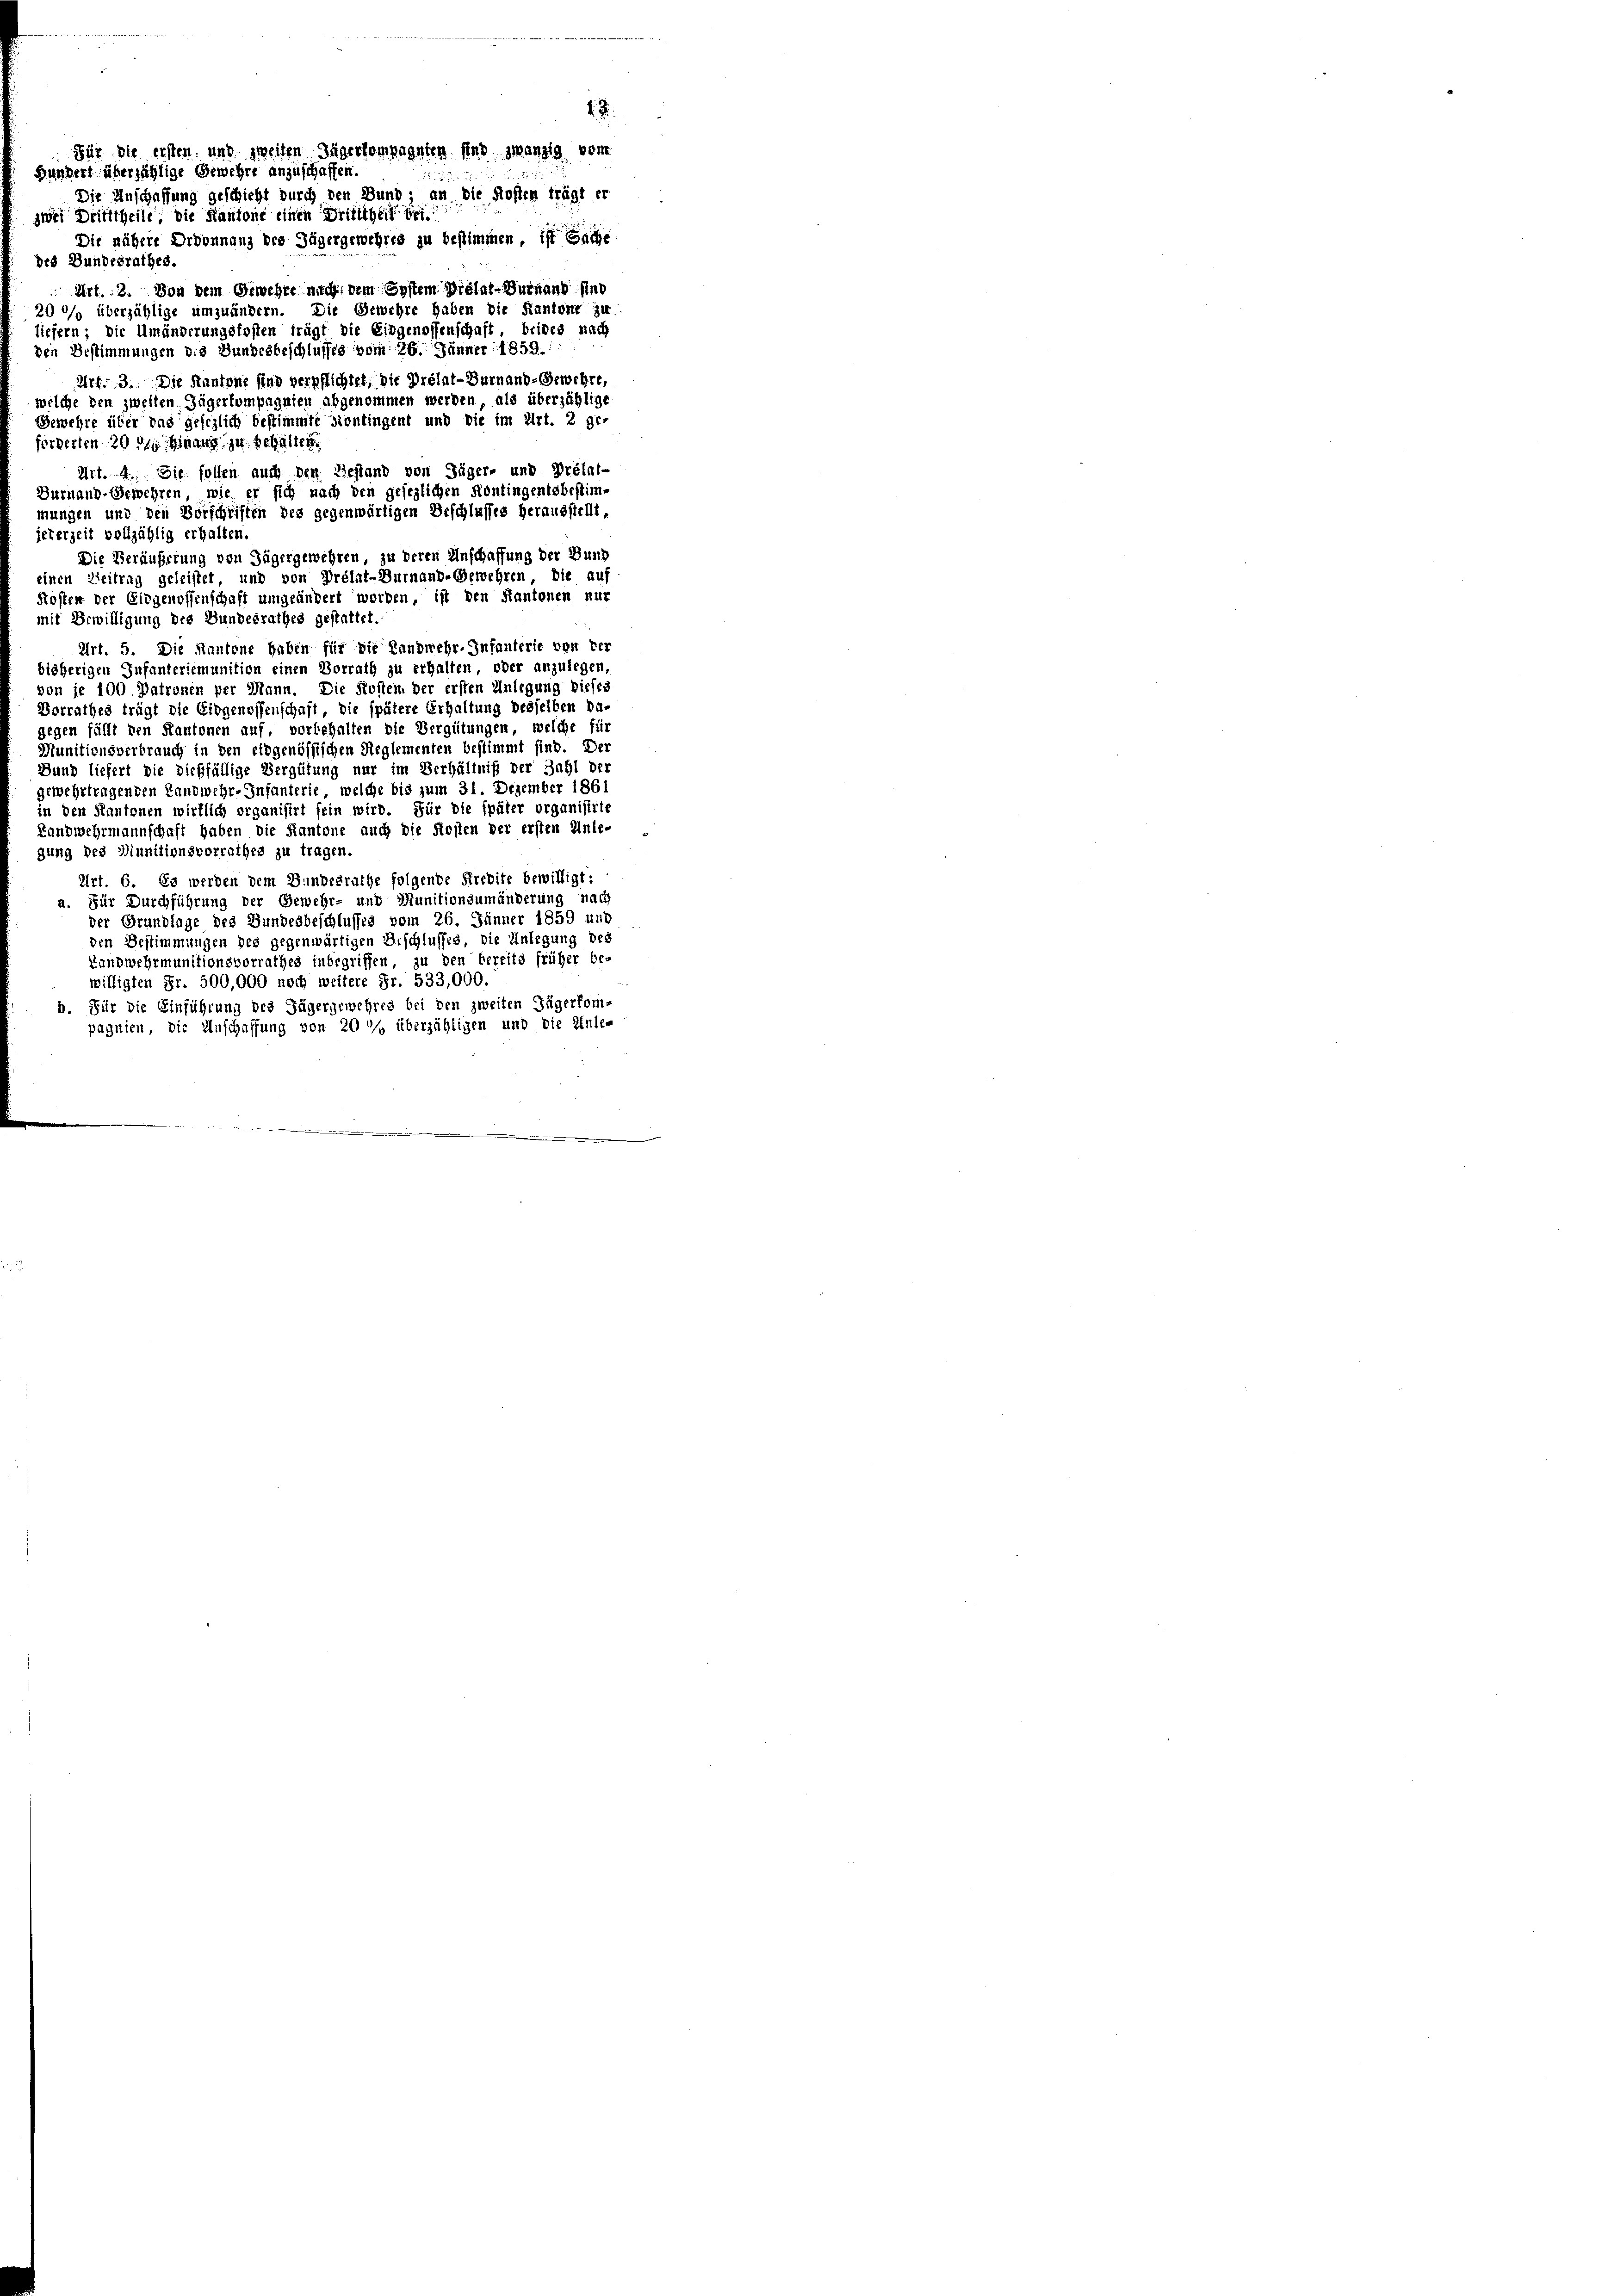
Die nähere Ordonnanz des Jägergewehres zu bestimmen, ist Sache
des Bundesrathes.
Art. 3. Von dem Gewehre nicht dem System Prélat-Verhand und
290/0 überzählige umzuändern. Die Gewehre haben die Kantone zu
liefern; die Umänderungsfosten trägt die Eidgenossenschaft, beides nach
den Bestimmungen des Bundesbeschlusses vom 26. Jänner 1859.
Art. 3. Die Kantone sind verpflichtet, die Prélat-Durnand-Gewehre,
welche den zweiten Jägerkompagnien abgenommen werden, als überzählige
Gewehre über das gesezlich bestimmte siontingent und die im Art. 2 ge-
förderten 20 zu hinaus zu behalten.
Art. 4. Sie sollen auch den Gestand von Jäger- und Prélat-
Surnaud-Gewehren, wie er sich nach den gesezlichen Kontingentsbestim-
mungen und den Vorschriften des gegenwärtigen Beschlusses herausstellt
jeterzeit vollzählig erhalten.
Die Veräußerung von Jägergewehren, zu deren Anschaffung der Bund
einen Zeitrag geleistet, und von Prélat-Burnanb-Gewehren Die auf
Kosten der Eidgenossenschaft umgeändert worden, ist den Kantonen nur
mit Erwilligung des Bundesrathes gestattet.
Art. 5. Die Kantone haben für die Landwehr-Infanterie von ver
bisherigen Infanteriemunition einen Vorrath zu erhalten, oder anzulegen
von je 100 Patronen per Mann. Die Kosten. Der ersten Anlegung dieses
Dorrathes trägt die Eidgenossenschaft, die spätere Erhaltung desselben be-
gegen fällt den Kantonen auf, vorbehalten die Vergütungen, welche für
Munitionsverbrauch in den eidgenössischen Reglementen bestimmt sind. Der
Bund liefert die dießfällige Vergütung nur im Verhältniß der Zahl der
gewehrtragenden Landwehr-Infanterie, welche bis zum 31. Dezember 1861
in den Kantonen wirtlich organisirt sein wird. Für die später organisirte
Landwehrmannschaft haben die Kantone auch die Kosten der ersten Inle-
gung des Diunitionsvorrathes zu tragen.
Art. 6. Es werden dem Bundesrathe folgende Krebite bewilligt:
Für Durchführung der Gewehr- und Munitionsumänderung nach
der Grundlage des Bundesbeschlusses vom 26. Jänner 1859 und
den Bestimmungen des gegenwärtigen Beschlusses, die Anlegung des
Landwehrmunitionsvorrathes inbegriffen, zu den bereits früher be-
willigten Fr. 500,000 noch weitere Fr. 533,000.
b. Für die Einführung des Jägergewehres bei den zweiten Zügerkom-
pagnien, die Anschaffung von 200 überzähligen und die Unle-
u
.

Die Anschaffung geschieht durch den Bund, an die Kosten trägt er
zwei Dritttheile, die Kantone einen Drittiheit bei

Für die ersten und zweiten Jägerkompagnten sind zwanzig vom
Bundert überjählige Gewehre anzuschaffen.

1.